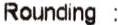
ROUNDING :